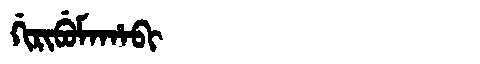
Manchu: ᡤᡳᡵᡳᠪᡠᠮᠠᡥᠠᠪᡳ
Romanization: GIRIBUMAHABI